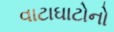
વાટાઘાટોનો